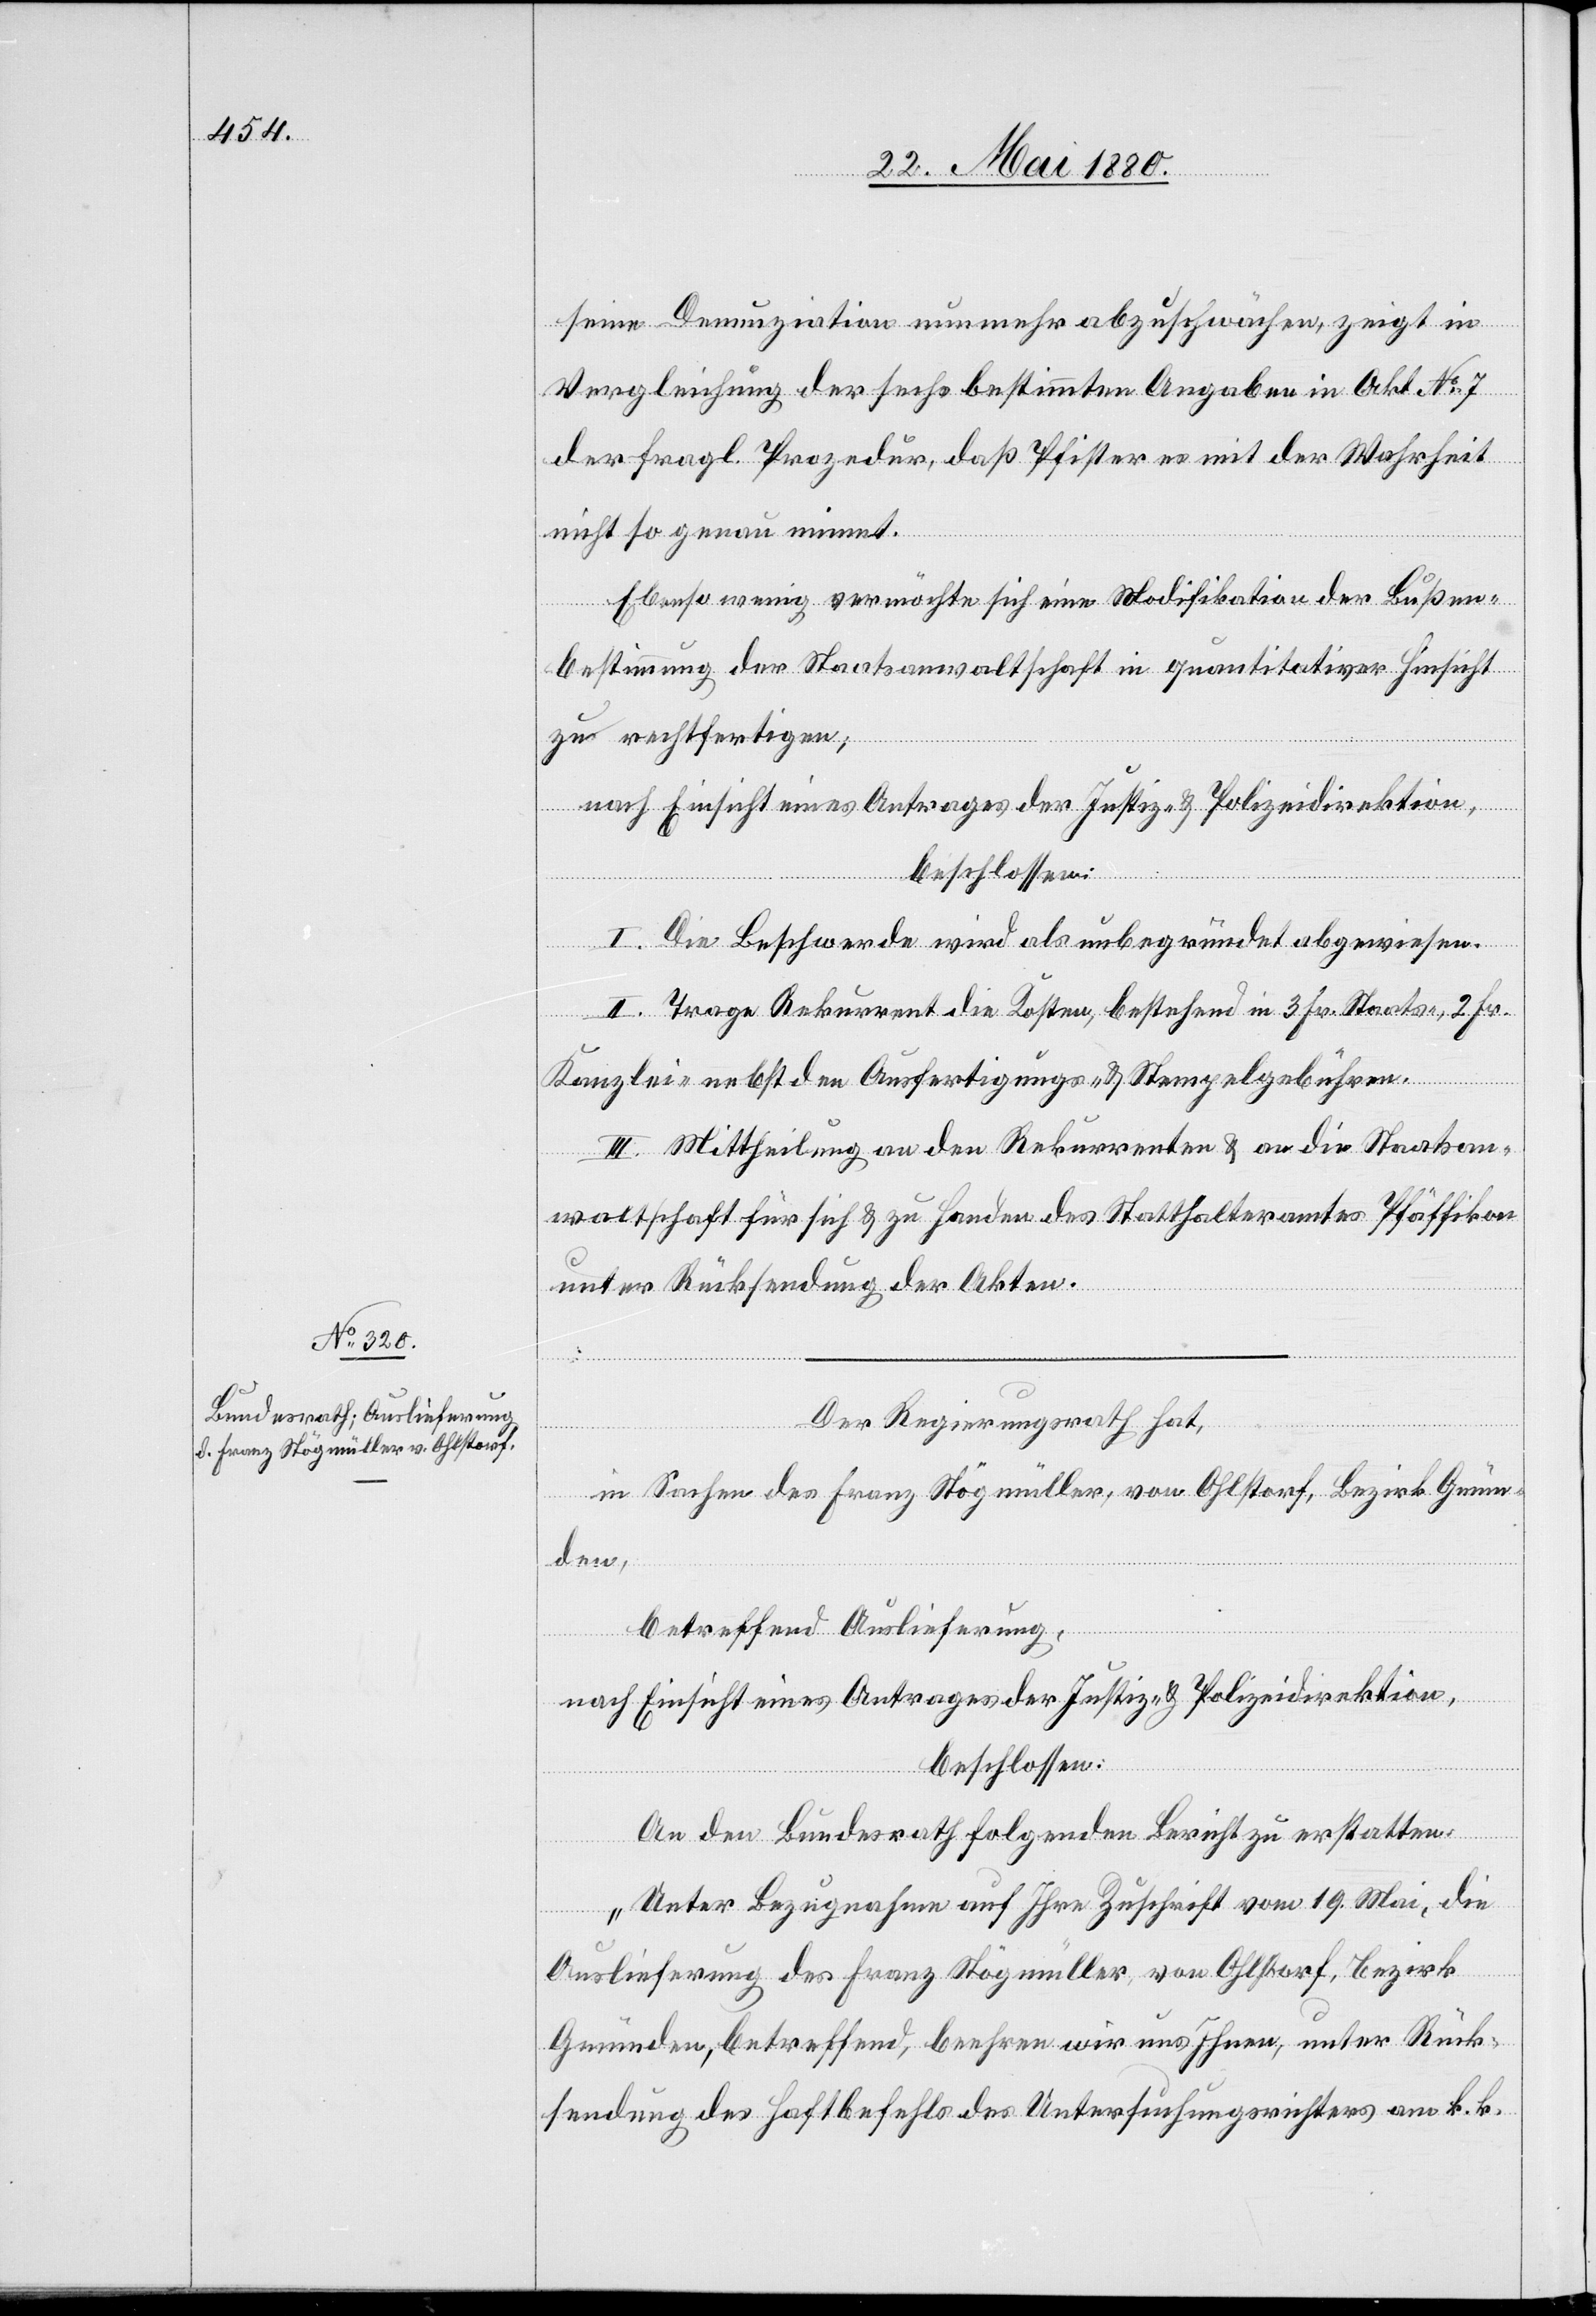
seine Denunziation nunmehr abzuschwächen, zeigt in
Vergleichung der sechs bestimmten Angaben in Akt No 7
der fragl. Prozedur, daß Pfister es mit der Wahrheit
nicht so genau nimmt.
Ebenso wenig vermöchte sich eine Modifikation der Bußen¬
bestimmung der Staatsanwaltschaft in quantitativer Hinsicht
zu rechtefertigen;
nach Einsicht eines Antrages der Justiz- & Polizeidirektion,
beschlossen:
I. Die Beschwerde wird als unbegründet abgewiesen.
II. Trage Rekurrent die Kosten, bestehend in 3 Fr. Staats-, 2 Fr.
Kanzlei- nebst den Ausfertigungs- & Stempelgebühren.
III. Mittheilung an den Rekurrenten & an die Staatsan¬
waltschaft für sich & zu Handen des Statthalteramtes Pfäffikon
unter Rücksendung der Akten.
Der Regierungsrath hat,
in Sachen des Franz Stögmüller, von Ohlstorf, Bezirk Grün¬
den,
betreffend Auslieferung,
nach Einsicht eines Antrages der Justiz- & Polizeidirektion,
beschlossen:
An den Bundesrath folgenden Bericht zu erstatten:
„Unter Bezugnahme auf Ihre Zuschrift vom 19. Mai, die
Auslieferung des Franz Stögmüller von Ohlstorf, Bezirk
Gründen, betreffend, beehren wir uns Ihnen, unter Rück¬
sendung des Haftbefehls des Untersuchungsgerichtes am k. k.